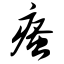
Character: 瘙